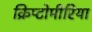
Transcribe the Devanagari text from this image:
क्रिप्टोमीरिया